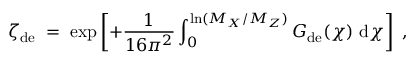
\zeta _ { \mathrm { d e } } \; = \; \exp \left[ + \frac { 1 } { 1 6 \pi ^ { 2 } } \int _ { 0 } ^ { \ln ( M _ { X } / M _ { Z } ) } G _ { \mathrm { d e } } ( \chi ) ~ \mathrm { d } \chi \right] \; ,